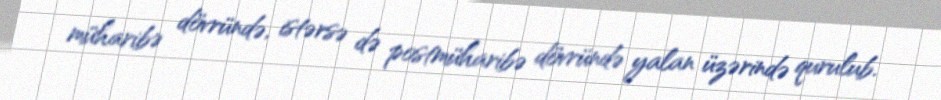
müharibə dövründə, istərsə də postmüharibə dövründə yalan üzərində qurulub.